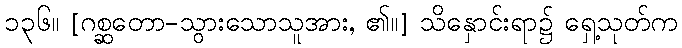
၁၃၆။ [ဂစ္ဆတော-သွားသောသူအား, ၏။] သိနှောင်းရာ၌ ရှေ့သုတ်က